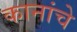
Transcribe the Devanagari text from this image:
कानांचे